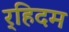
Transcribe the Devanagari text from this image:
र्‍हिदम